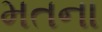
મતના